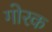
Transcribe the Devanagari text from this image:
गोरक